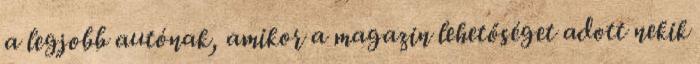
a legjobb autónak, amikor a magazin lehetőséget adott nekik